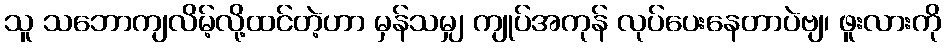
သူ သဘောကျလိမ့်လို့ထင်တဲ့ဟာ မှန်သမျှ ကျုပ်အကုန် လုပ်ပေးနေတာပဲဗျ၊ ဖူးလားကို